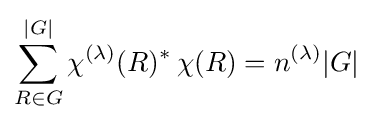
\sum _{R\in G}^{|G|}\chi ^{(\lambda )}(R)^{*}\,\chi (R)=n^{(\lambda )}|G|